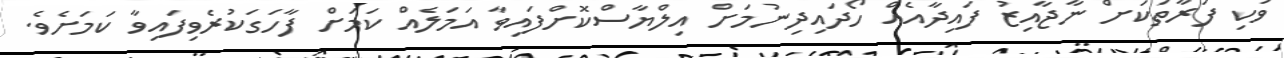
ވަކި ފަރާތަކަށް ނާޖާއިޒު ފައިދާއެއް ހޯދައިދިނުމަށް އިލްޔާސްކޮށްފައިވާ އަމަލެއް ކަމަށް ފާހަގަކުރެވިފައިވާ ކަމަށެވެ.